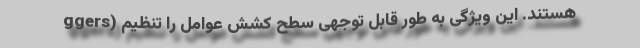
ggers) هستند. این ویژگی به طور قابل توجهی سطح کشش عوامل را تنظیم